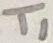
Text: T1